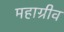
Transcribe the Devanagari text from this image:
महाग्रीव